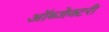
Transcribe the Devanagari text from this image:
ऑब्जेक्टरी